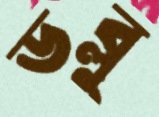
ডব্লু